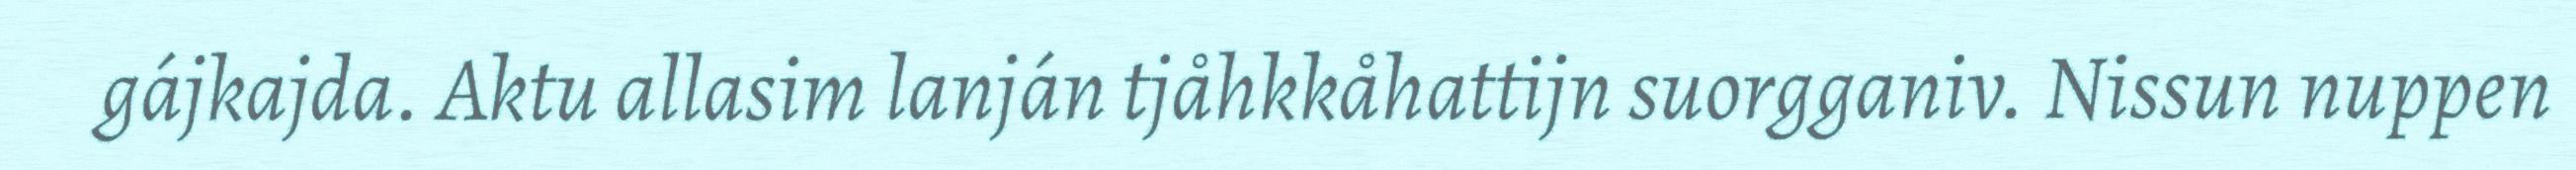
gájkajda. Aktu allasim lanján tjåhkkåhattijn suorgganiv. Nissun nuppen